Vaccination in Burma 1920-1933 - 1920-1933
Year: 1920
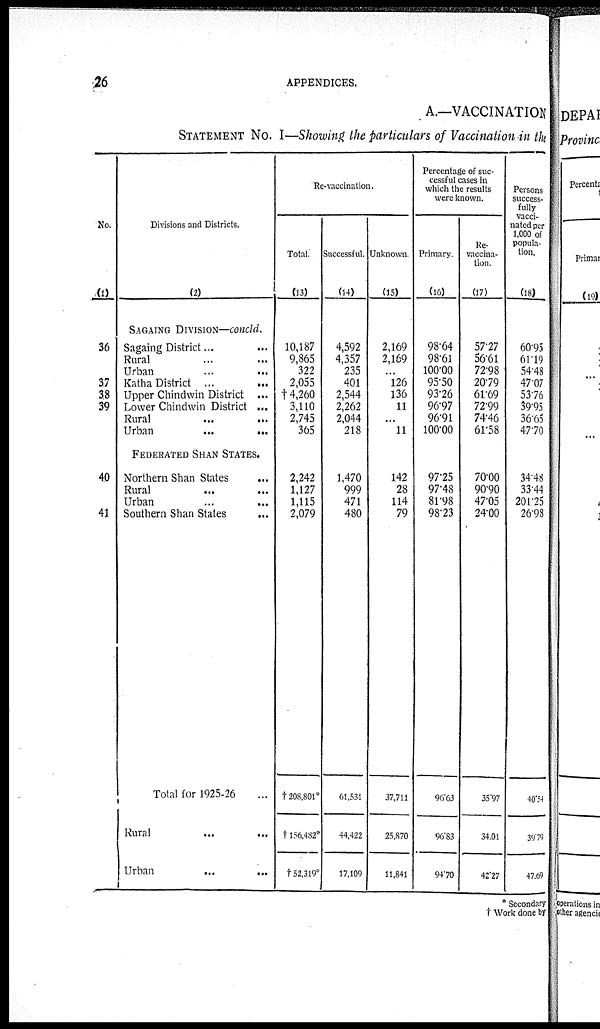
26
APPENDICES.
A.—VACCINATION
STATEMENT NO. I—Showing the particulars of Vaccination in the
No.
(1)
36
37
38
39
40
41
Divisions and Districts.
(2)
SAGAING DIVISION—concld.
Sagaing District ... ...
Rural ... ...
Urban ... ...
Katha District
...
...
Upper Chindwin District ...
Lower Chindwin District ...
Rural ... ...
Urban
...
...
FEDERATED SHAN STATES.
Northern Shan States ...
Rural ... ...
Urban
...
...
Southern Shan States ...
Total for 1925-26 ...
Rural ... ...
Urban ... ...
Re-vaccination.
Total.
(13)
10,187
9,865
322
2,055
†4,260
3,110
2,745
365
2,242
1,127
1,115
2,079
†208,801*
†156,482*
†52,319*
Successful.
(14)
4,592
4,357
235
401
2,544
2,262
2,044
218
1,470
999
471
480
61,531
44,422
17,109
Unknown.
(15)
2,169
2,169
...
126
136
11
...
11
142
28
114
79
37,711
25,870
11,841
Percentage of suc-
cessful cases in
which the results
were known.
Primary.
(16)
98.64
98.61
100.00
95.50
93.26
96.97
96.91
100.00
97.25
97.48
81.98
98.23
96.63
96.83
94.70
Re-
vaccina-
tion.
(17)
57.27
56.61
72.98
20.79
61.69
72.99
74.46
61.58
70.00
90.90
47.05
24.00
35.97
34.01
42.27
Persons
success-
fully
vacci-
nated per
1,000 of
popula-
tion.
(18)
60.95
61.19
54.48
47.07
53.76
39.95
36.65
47.70
34.48
33.44
201.25
26.98
40.54
39.79
47.69
* Secondary
† Work done by